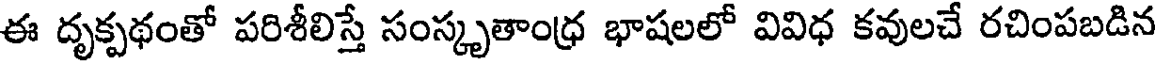
ఈ దృక్పథంతో పరిశీలిస్తే సంస్కృతాంధ్ర భాషలలో వివిధ కవులచే రచింపబడిన